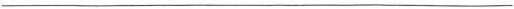
___